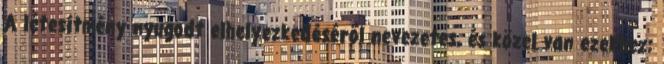
A létesítmény nyugodt elhelyezkedéséről nevezetes, és közel van ezekhez: